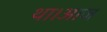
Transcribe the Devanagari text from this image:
था।आज